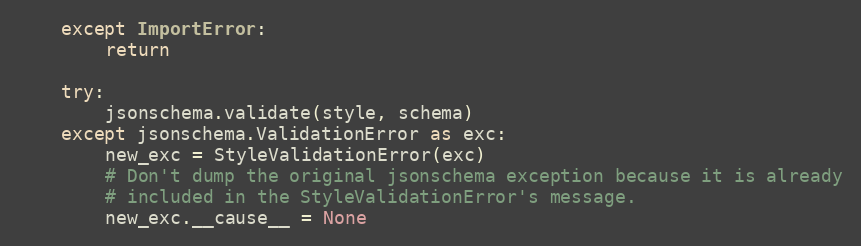
Language: Python
    except ImportError:
        return

    try:
        jsonschema.validate(style, schema)
    except jsonschema.ValidationError as exc:
        new_exc = StyleValidationError(exc)
        # Don't dump the original jsonschema exception because it is already
        # included in the StyleValidationError's message.
        new_exc.__cause__ = None